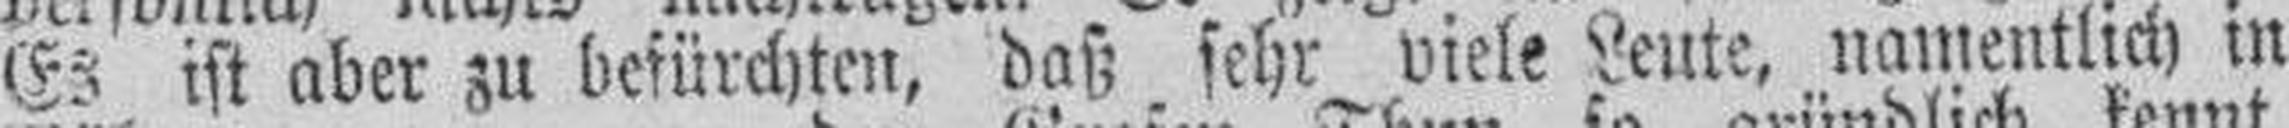
Es ist aber zu befürchten, daß sehr viele Leute, namentlich in